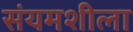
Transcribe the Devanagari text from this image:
संयमशीला